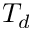
T _ { d }